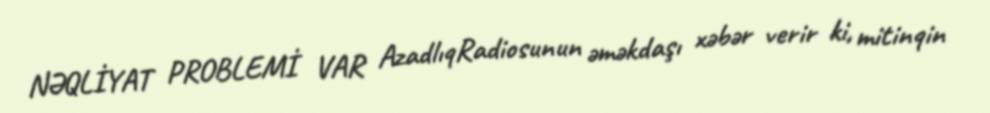
NƏQLİYAT PROBLEMİ VAR AzadlıqRadiosunun əməkdaşı xəbər verir ki, mitinqin